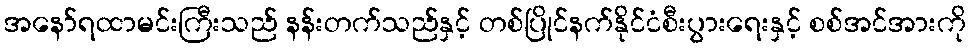
အနော်ရထာမင်းကြီးသည် နန်းတက်သည်နှင့် တစ်ပြိုင်နက်နိုင်ငံစီးပွားရေးနှင့် စစ်အင်အားကို